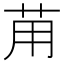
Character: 苚